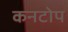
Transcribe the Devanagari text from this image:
कनटोप